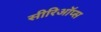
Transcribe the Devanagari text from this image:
सीरिऑप्स